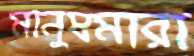
মানুষমারা